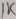
Text: 1K